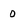
Character: 0